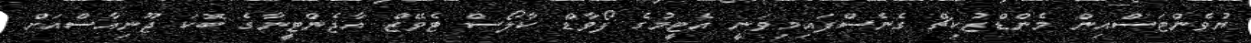
ޔުވެންޓަސްއިން މެންޑްޒުކިޗް ގެނެސްފައިމިވަނީ އެޓީމުގެ ފޯވާޑް ކާލޯސް ޓެވޭޒް އާޖެންޓީނާގެ ބޮކަ ޖޫނިއާސްއަށް